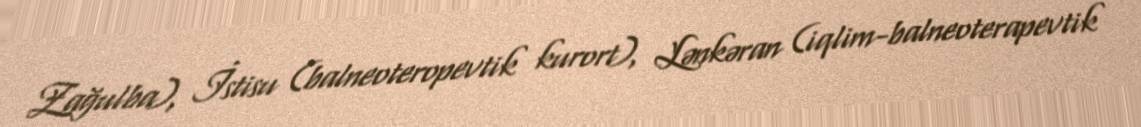
Zağulba), İstisu (balneoteropevtik kurort), Lənkəran (iqlim-balneoterapevtik